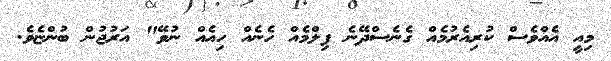
މިއީ އެއްވެސް ކުރިއެރުމެއް ގެނެސްދޭނެ ފިލްމެއް ހެނެއް ހިއެއް ނުވޭ" އަރުޖުން ބުންޏެވެ.